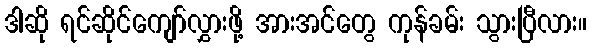
ဒါဆို ရင်ဆိုင်ကျော်လွှားဖို့ အားအင်တွေ ကုန်ခမ်း သွားပြီလား။